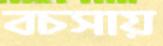
বচসায়